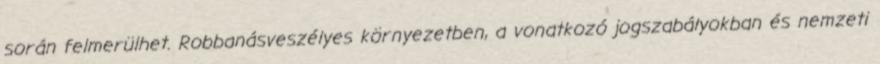
során felmerülhet. Robbanásveszélyes környezetben, a vonatkozó jogszabályokban és nemzeti